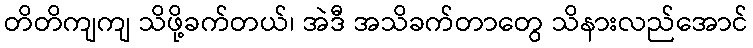
တိတိကျကျ သိဖို့ခက်တယ်၊ အဲဒီ အသိခက်တာတွေ သိနားလည်အောင်